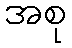
အစု